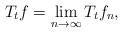
LaTeX: \begin{align*}T_t f=\lim_{n\to \infty} T_t f_n,\end{align*}